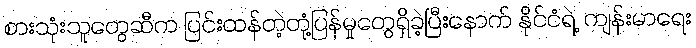
စားသုံးသူတွေဆီက ပြင်းထန်တဲ့တုံ့ပြန်မှုတွေရှိခဲ့ပြီးနောက် နိုင်ငံရဲ့ ကျန်းမာရေး